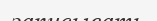
записывать